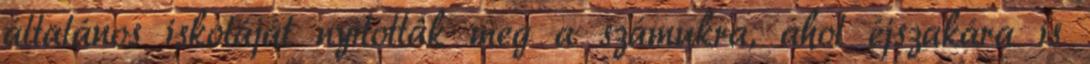
általános iskoláját nyitották meg a számukra, ahol éjszakára is